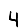
Digit: 4